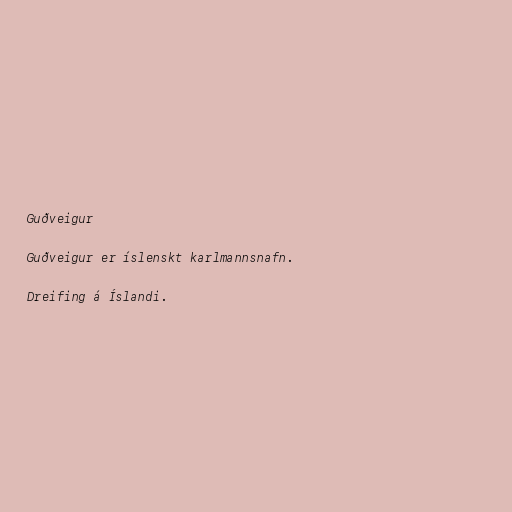
Guðveigur

Guðveigur er íslenskt karlmannsnafn.

Dreifing á Íslandi.